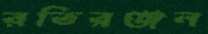
রতিরঞ্জন